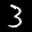
Label: 3